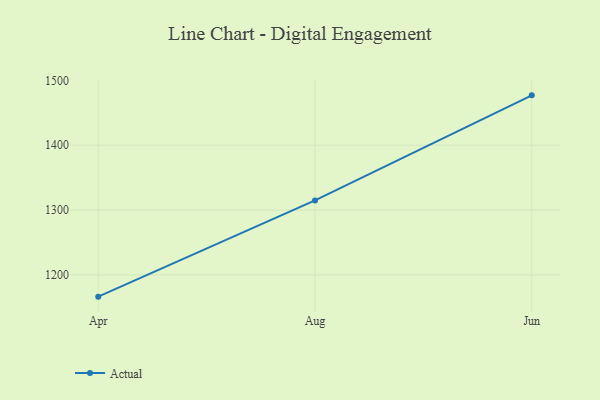
{"axis": {"x": "Month", "y": "Latency (ms)"}, "legend": ["Actual"], "data": [{"x": "Apr", "y": 1166.4, "type": "Actual"}, {"x": "Aug", "y": 1314.8, "type": "Actual"}, {"x": "Jun", "y": 1476.9, "type": "Actual"}]}